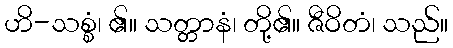
ဟိ-သစ္စံ၊ ၏။ သတ္တာနံ၊ တို့၏။ ဇီဝိတံ၊ သည်။